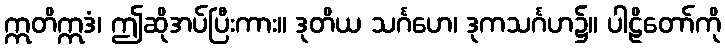
ဣတိဣဒံ၊ ဤဆိုအပ်ပြီးကား။ ဒုတိယ သင်္ဂဟေ၊ ဒုကသင်္ဂဟ၌။ ပါဠိတော်ကို